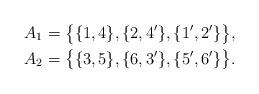
LaTeX: \begin{align*} A_1&=\big\{\{1,4\},\{2,4'\},\{1',2'\}\big\},\\ A_2&=\big\{\{3,5\},\{6,3'\},\{5',6'\}\big\}. \end{align*}